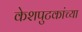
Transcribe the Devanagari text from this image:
केशपुटकांच्या